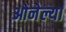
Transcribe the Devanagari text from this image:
ओनेल्या